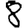
Digit: 8